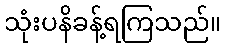
သုံးပနိခန့်ရကြသည်။